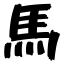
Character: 馬